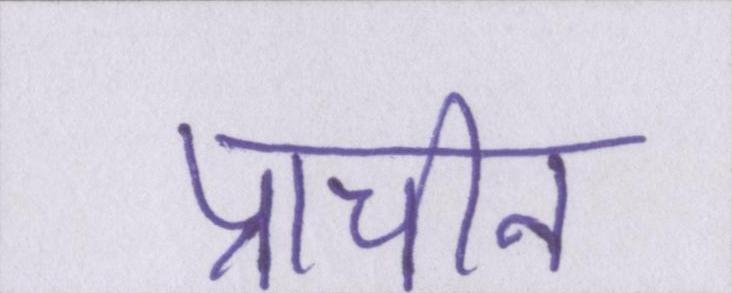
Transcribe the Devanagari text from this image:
प्राचीन